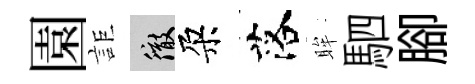
園詎徹朶落眸駟腳